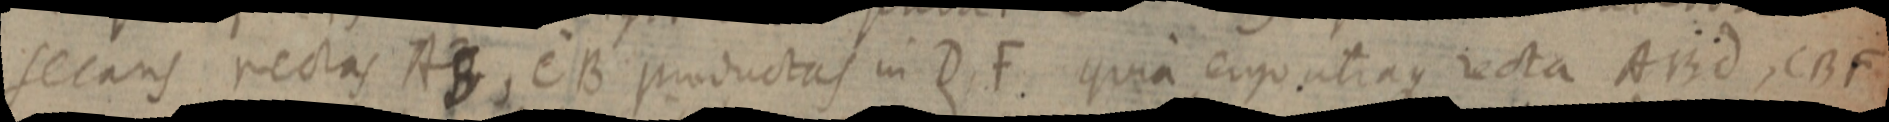
secans rectas AB, CB productas in D, F. quia ergo utraque recta ABd, CBF